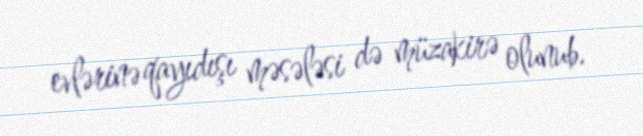
evlərinə qayıdışı məsələsi də müzakirə olunub.